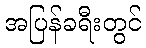
အပြန်ခရီးတွင်